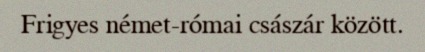
Frigyes német-római császár között.